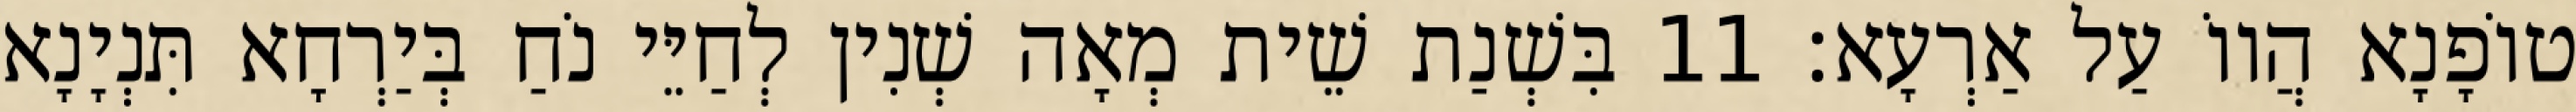
טוֹפָנָא הֲווֹ עַל אַרְעָא׃ 11 בִּשְׁנַת שֵׁית מְאָה שְׁנִין לְחַיֵּי נֹחַ בְּיַרְחָא תִּנְיָנָא